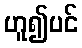
ဟူ၍ပင်